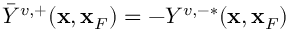
\bar { Y } ^ { v , + } ( { \bf x } , { \bf x } _ { F } ) = - Y ^ { v , - * } ( { \bf x } , { \bf x } _ { F } )